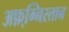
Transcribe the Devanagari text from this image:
अफ़्ग्निस्तान